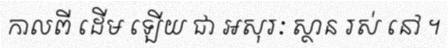
កាលពី ដើម ឡើយ ជា អសុរៈ ស្ថាន រស់ នៅ ។